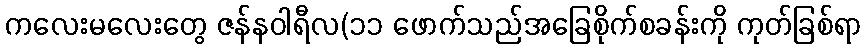
ကလေးမလေးတွေ ဇန်နဝါရီလ(၁၁ ဖောက်သည်အခြေစိုက်စခန်းကို ကုတ်ခြစ်ရာ